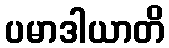
ပမာဒါယာတိ